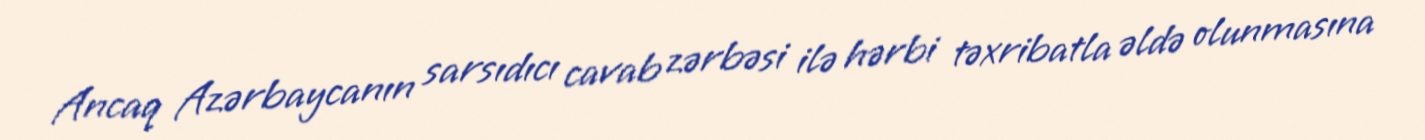
Ancaq Azərbaycanın sarsıdıcı cavab zərbəsi ilə hərbi təxribatla əldə olunmasına